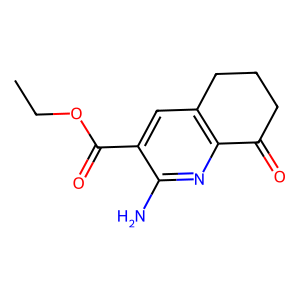
SMILES: CCOC(=O)c1cc2c(nc1N)C(=O)CCC2
Inhibits HIV replication: No